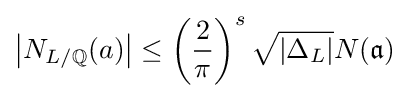
\left|N_{L/\mathbb {Q} }(a)\right|\leq \left({\frac {2}{\pi }}\right)^{s}{\sqrt {\left|\Delta _{L}\right|}}N({\mathfrak {a}})